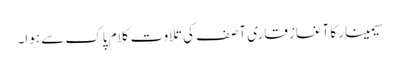
سیمینار کا آغاز قاری آصف کی تلاوت کلام پاک سے ہوا۔